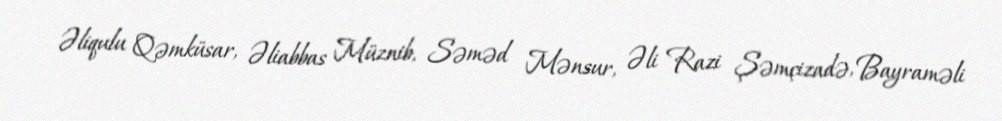
Əliqulu Qəmküsar, Əliabbas Müznib, Səməd Mənsur, Əli Razi Şəmçizadə, Bayraməli